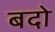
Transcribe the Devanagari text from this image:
बदो